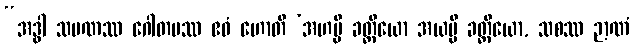
“အဒ္ဓါ သမဏဿ ဂေါတမဿ ဧဝံ ဟောတိ ‘အဟမ္ပိ ခတ္တိယော အယမ္ပိ ခတ္တိယော, သစဿ ဉာဏံ